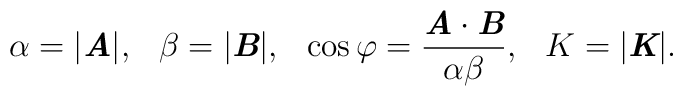
\alpha=|\mbox{\bf\itshape A}|,\hspace{3mm}\beta=|\mbox{\bf\itshape B}|,\hspace{3mm}\cos\varphi=\frac{\mbox{\bf\itshape A}\cdot\mbox{\bf\itshape B}}{\alpha\beta},\hspace{3mm}K=|\mbox{\bf\itshape K}|.